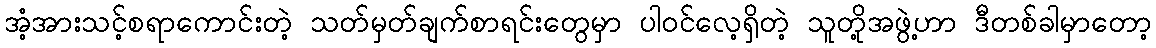
အံ့အားသင့်စရာကောင်းတဲ့ သတ်မှတ်ချက်စာရင်းတွေမှာ ပါဝင်လေ့ရှိတဲ့ သူတို့အဖွဲ့ဟာ ဒီတစ်ခါမှာတော့